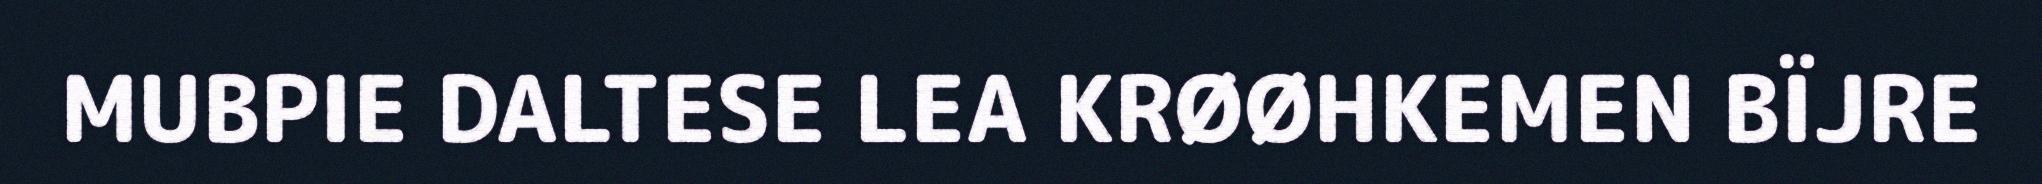
MUBPIE DALTESE LEA KRØØHKEMEN BÏJRE